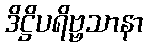
ဒိဋ္ဌိပရိဗ္ဗသာနာ